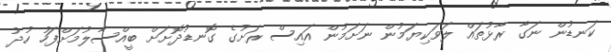
ކަނޑުން ނަގާ ރާޅުތައް ލަވަކިޔަމުން ނަށަމުން އައިސް ރަށުގެ ގޮނޑުދޮށަށް ބީއްސާލުމަށްފަހު ހުދު